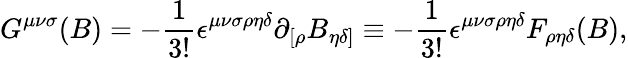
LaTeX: G^{{\mu}{\nu}{\sigma}}(B)=-{\frac{1}{3!}}{\epsilon}^{{\mu}{\nu}{\sigma}{\rho}{\eta}{\delta}}{\partial}_{[{\rho}}B_{{\eta}{\delta}]}\equiv-{\frac{1}{3!}}{\epsilon}^{{\mu}{\nu}{\sigma}{\rho}{\eta}{\delta}}F_{{\rho}{\eta}{\delta}}(B),